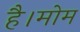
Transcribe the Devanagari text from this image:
है।मोम